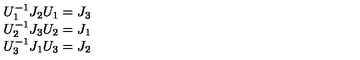
\begin{array} { c } { U _ { 1 } ^ { - 1 } J _ { 2 } U _ { 1 } = J _ { 3 } } \\ { U _ { 2 } ^ { - 1 } J _ { 3 } U _ { 2 } = J _ { 1 } } \\ { U _ { 3 } ^ { - 1 } J _ { 1 } U _ { 3 } = J _ { 2 } } \\ \end{array}